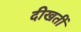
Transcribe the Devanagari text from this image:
दीखतीं